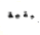
ببقية